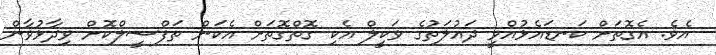
އެވެ. އެގޮތަށް ކަނޑައެޅުއްވީ ދައުލަތުގެ ވަކީލް އެކި ގޮތްގޮތަށް އެކަން ތަފްސީލްކޮށް ވިދާޅުވާން